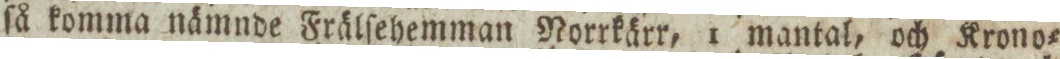
ſå komma nämnde Frälſehemman Norrkärr, 1 mantal, och Krono=